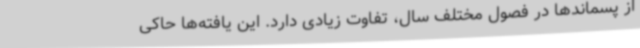
از پسماندها در فصول مختلف سال، تفاوت زیادی دارد. این یافته‌ها حاکی